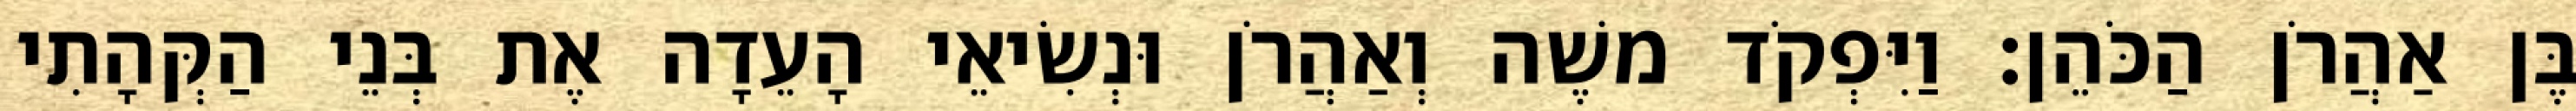
בֶּן אַהֲרֹן הַכֹּהֵן׃ וַיִּפְקֹד משֶׁה וְאַהֲרֹן וּנְשִׂיאֵי הָעֵדָה אֶת בְּנֵי הַקְּהָתִי